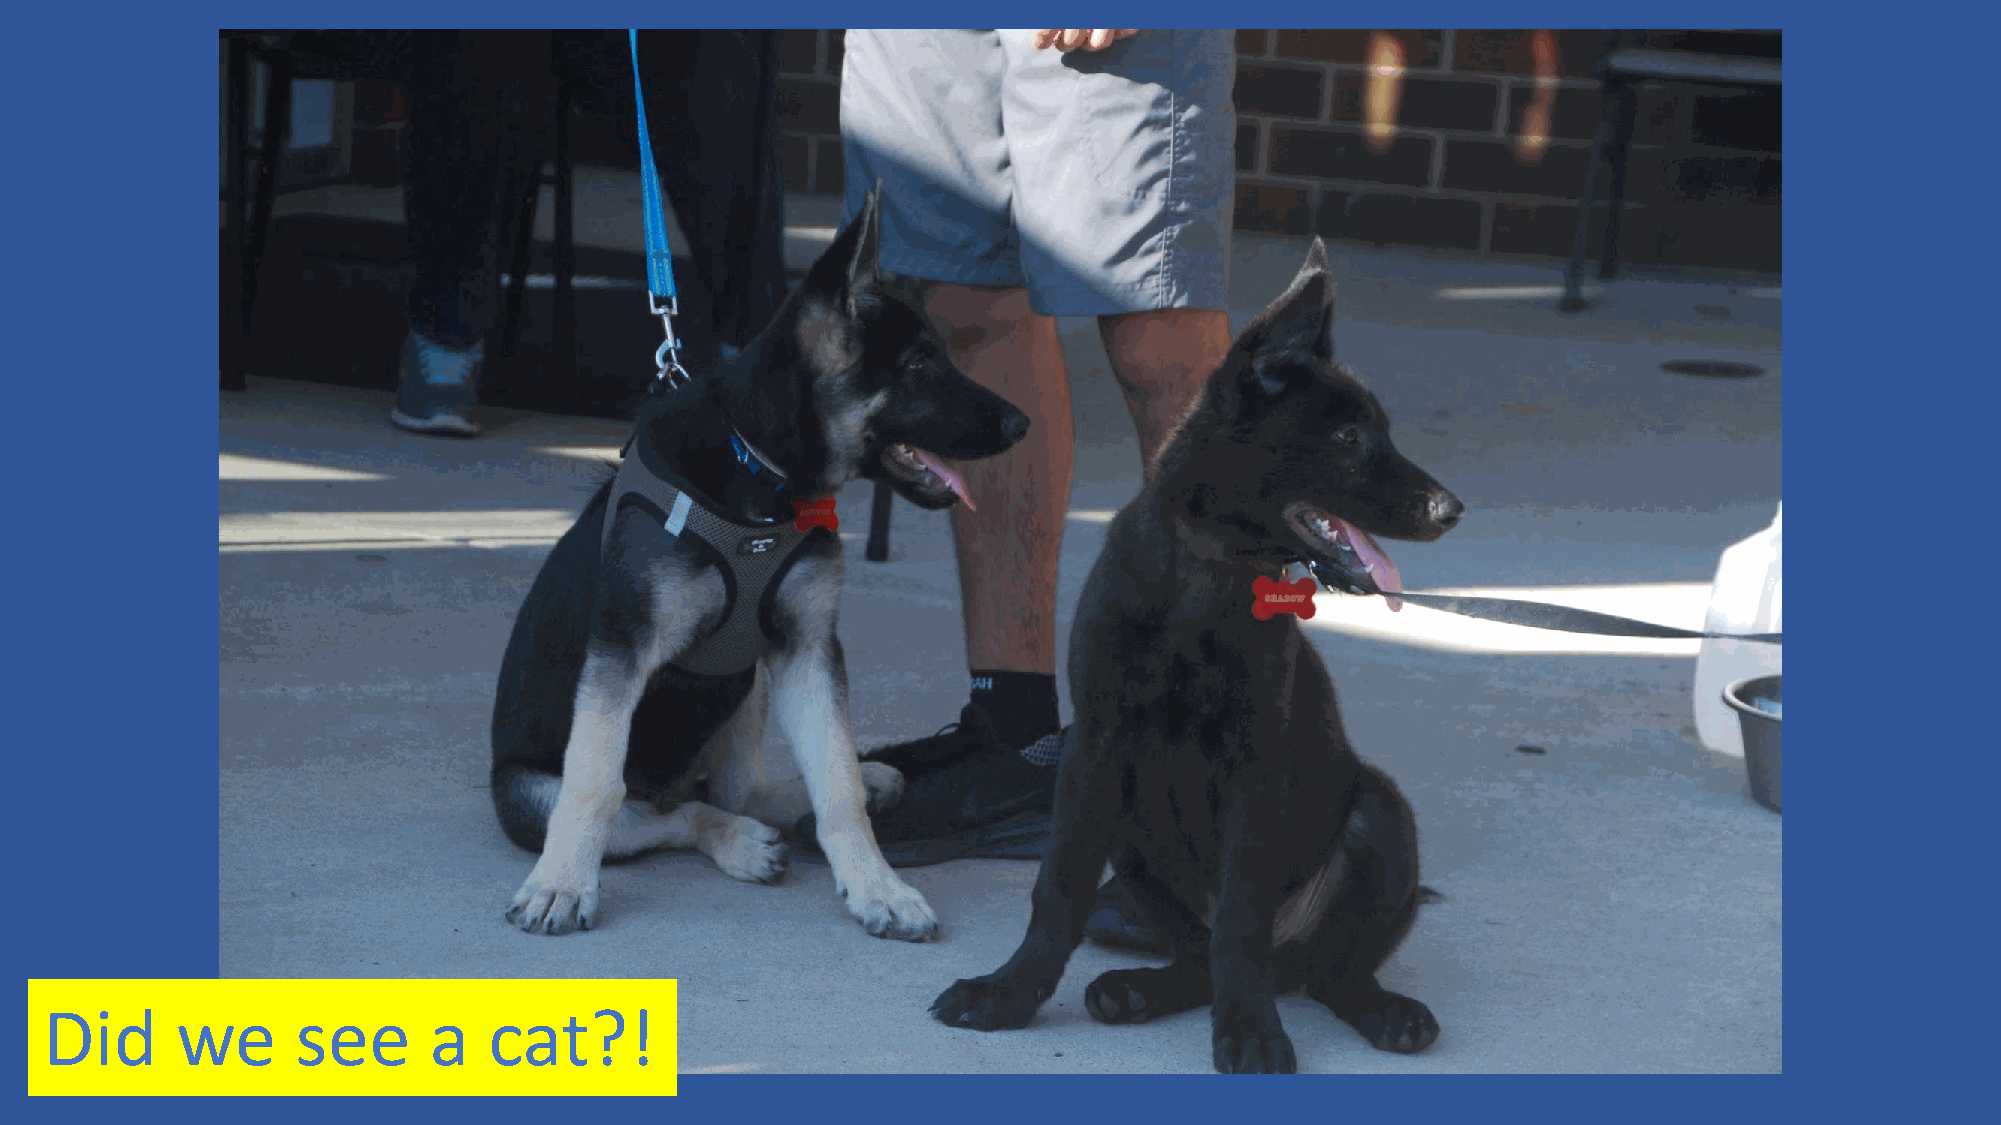
Did      we      see     a   cat?!